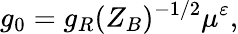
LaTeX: g_{0}=g_{R}(Z_{B})^{-1/2}\mu^{\varepsilon},